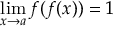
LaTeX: \operatorname* { l i m } _ { x \to a } f ( f ( x ) ) = 1